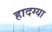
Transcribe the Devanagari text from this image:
हादग्या